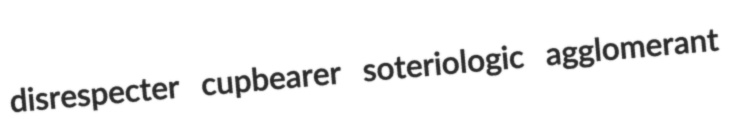
disrespecter cupbearer soteriologic agglomerant